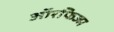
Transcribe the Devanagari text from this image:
ऑरफिज्म